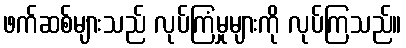
ဖက်ဆစ်များသည် လုပ်ကြံမှုများကို လုပ်ကြသည်။